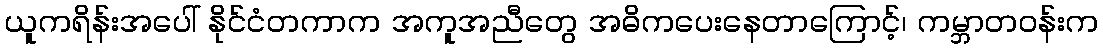
ယူကရိန်းအပေါ် နိုင်ငံတကာက အကူအညီတွေ အဓိကပေးနေတာကြောင့်၊ ကမ္ဘာတဝန်းက